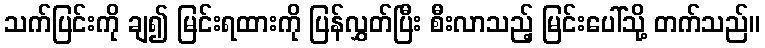
သက်ပြင်းကို ချ၍ မြင်းရထားကို ပြန်လွှတ်ပြီး စီးလာသည့် မြင်းပေါ်သို့ တက်သည်။